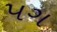
પગ